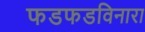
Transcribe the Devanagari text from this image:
फडफडविनारा